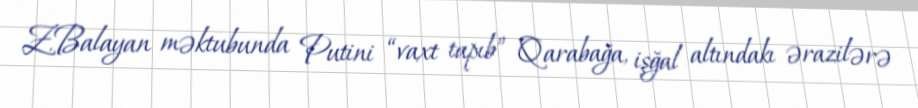
Z.Balayan məktubunda Putini “vaxt tapıb” Qarabağa, işğal altındakı ərazilərə